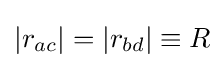
|r_{ac}|=|r_{bd}|\equiv R